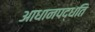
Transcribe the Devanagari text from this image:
आधानपद्धति